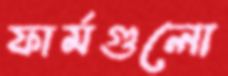
ফার্মগুলো